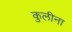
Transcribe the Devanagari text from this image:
कुलीना